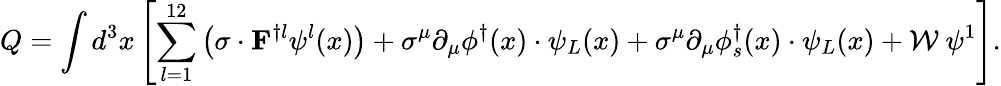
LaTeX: Q=\int d^{3}x\left[\sum_{l=1}^{12}\left({\mathbf{\sigma}}\cdot{\mathbf F}^{\dagger l}\psi^{l}(x)\right)+\sigma^{\mu}\partial_{\mu}\phi^{\dagger}(x)\cdot\psi_{L}(x)+\sigma^{\mu}\partial_{\mu}\phi_{s}^{\dagger}(x)\cdot\psi_{L}(x)+\mathcal{W}~\psi^{1}\right].